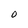
Character: o